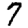
Digit: 7